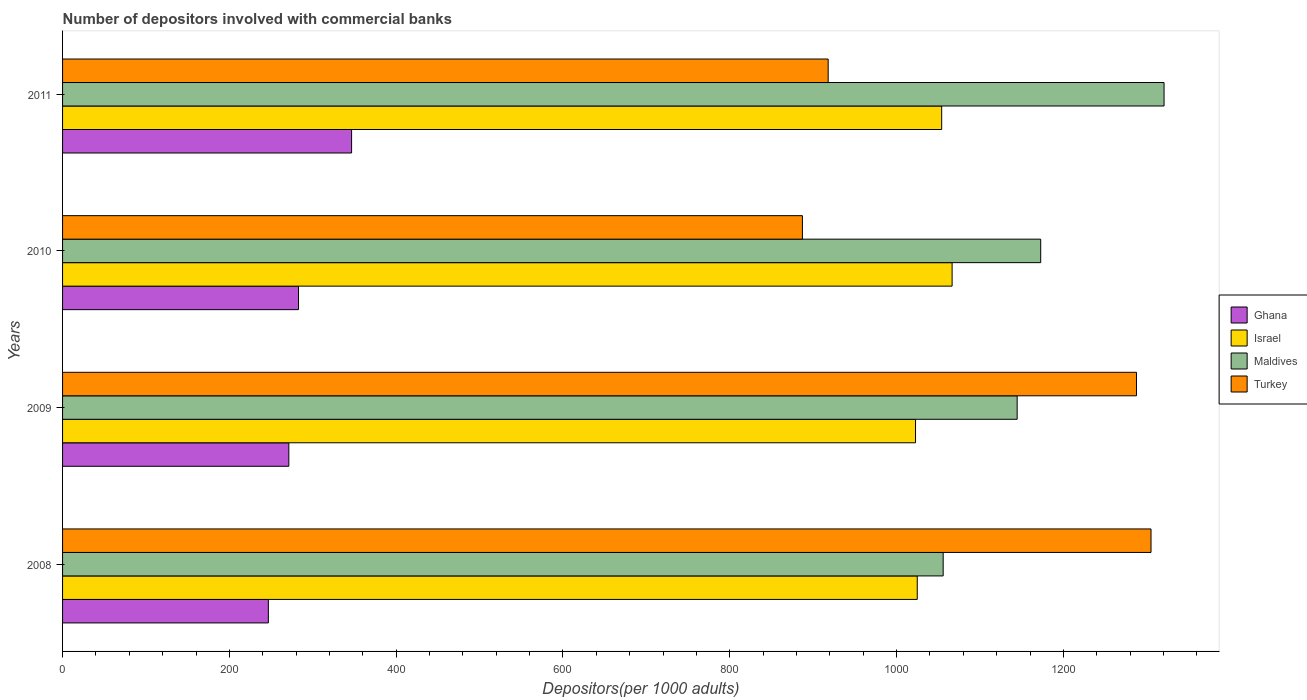
| Years | Ghana | Israel | Maldives | Turkey |
 | --- | --- | --- | --- | --- |
 | 2008 | 247 | 1.02e+03 | 1.06e+03 | 1.31e+03 |
 | 2009 | 271 | 1.02e+03 | 1.14e+03 | 1.29e+03 |
 | 2010 | 283 | 1.07e+03 | 1.17e+03 | 887 |
 | 2011 | 347 | 1.05e+03 | 1.32e+03 | 918 |